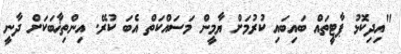
"އިދިކޮޅު ޕާޓީތައް ބައިބައި ކުރުމަށް ޔާމީން މަސައްކަތް އެބަ ކުރޭ. އިންތިޚާބަކަށް ދާނީ